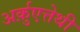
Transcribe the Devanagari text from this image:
अर्क़ुएत्तेथी